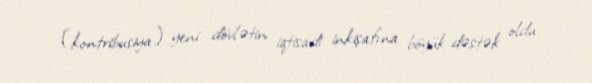
(kontribusiya) yeni dövlətin iqtisadi inkişafına böyük dəstək oldu.